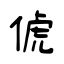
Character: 俿